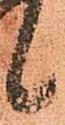
候